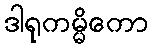
ဒါရုကမ္မိကော